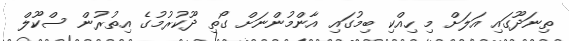
ތިނަދޫގައި އަލަށް މި ހިއްކި ބިމުގައި އާންމުންނަށް ގޯތި ދޫކުރުމުގެ އިތުރުން ސްކޫލް